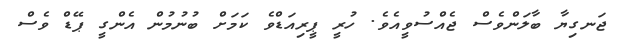
ޖަނގިޔާ ބާލަންވެސް ޖެއްސުވީއެވެ. ހުރީ ޕީރިއަޑްވެ ކަމަށް ބުނުމުން އެންގީ ޕޭޑް ވެސް